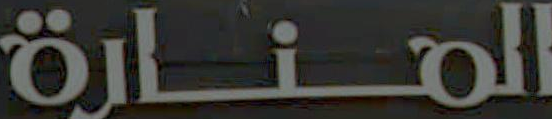
المنارة